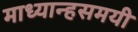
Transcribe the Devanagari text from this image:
माध्यान्हसमयी